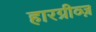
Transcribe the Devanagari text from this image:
हारग्रीव्ज़